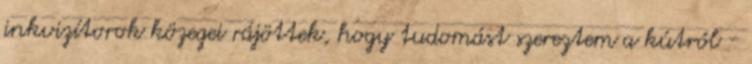
inkvizítorok közegei rájöttek, hogy tudomást szereztem a kútról -